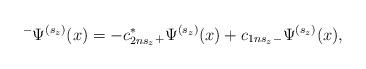
LaTeX: \begin{align*}^{-}\Psi ^{(s_z)}(x)=-c_{2ns_z}^{*}{}_{+}\Psi^{(s_z)}(x)+c_{1ns_z}{}_{-}\Psi ^{(s_z)}(x),\end{align*}